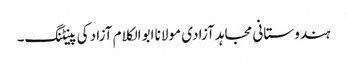
ہندوستانی مجاہد آزادی مولانا ابوالکلام آزاد کی پینٹنگ۔